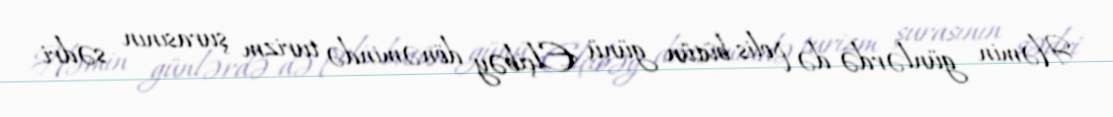
Həmin günlərdə də polis bütün günü Elçibəy dönəmində turizm şurasının sədri